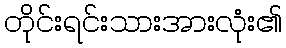
တိုင်းရင်းသားအားလုံး၏